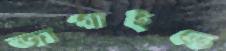
জাগাইতে